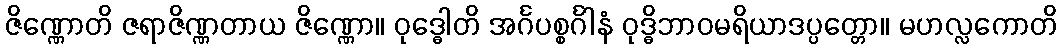
ဇိဏ္ဏောတိ ဇရာဇိဏ္ဏတာယ ဇိဏ္ဏော။ ဝုဒ္ဓေါတိ အင်္ဂပစ္စင်္ဂါနံ ဝုဒ္ဓိဘာဝမရိယာဒပ္ပတ္တော။ မဟလ္လကောတိ